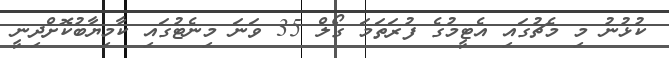
ކުޅުނު މި މެޗުގައި އެޓީމުގެ ފުރަތަމަ ގޯލް 35 ވަނަ މިނެޓުގައި ކާމިޔާބުކޮށްދިނީ